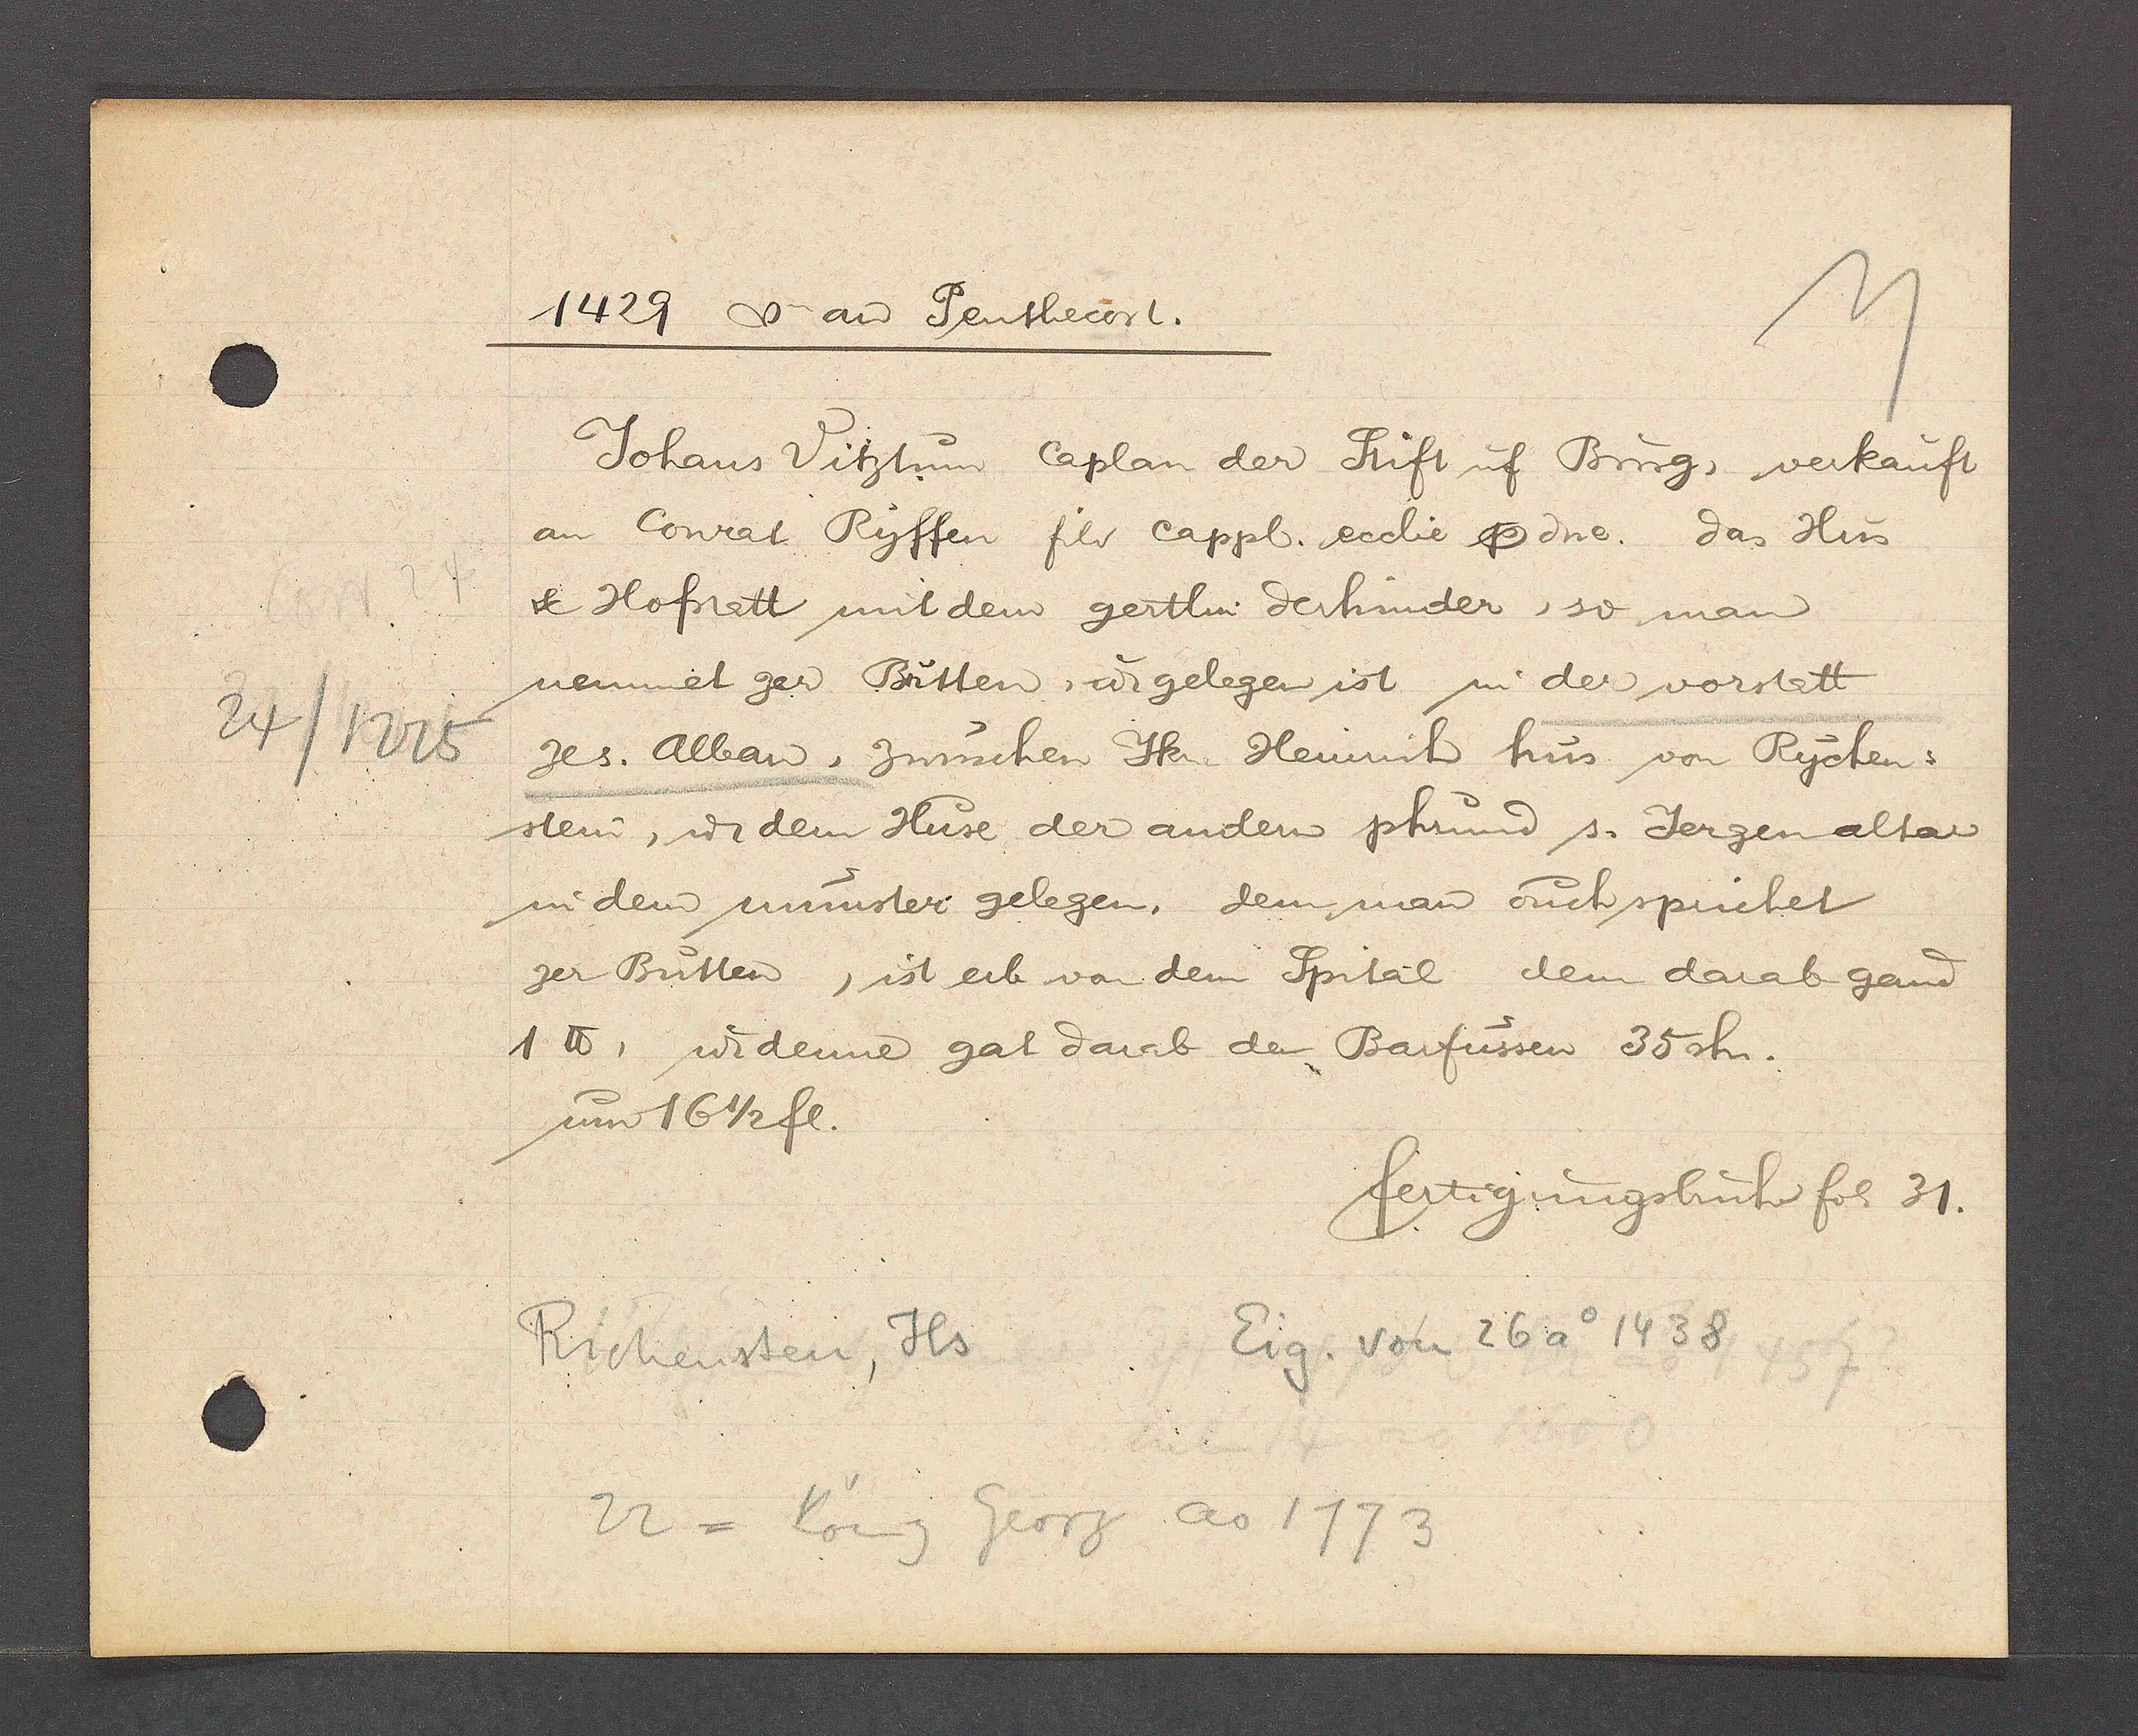
Transcript:
24/1225

1429 v aȵ Penthecost.

Johans Vitztun Caplan der Stift uf Burg, verkauft
an Conrat Ryffen fils cappl. ecclie p. dne. das Hus
& Hofstatt mit dem gertlin derhinder, so man
nennet zer Butten, ư gelegen ist in der vorstatt
zes. Alban, zwuschen Jkn Heinrich hus von Rychen¬
stein, u. dem Huse der andern phrund s. Jergen altar
in dem münster gelegen, dem man ouch spuchet
zer Butten, ist erb von dem Spital dem darab gand
1℔, u. denne gab darab den Barfüssen 35sh.
um 16 1/2 fl.

fertigungsbuch fol 31.

Eig. von 26 ao 1438
Richensten, Hs
22 = König Georg ao 1773